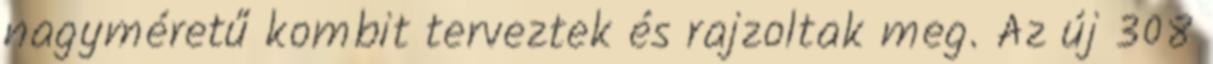
nagyméretű kombit terveztek és rajzoltak meg. Az új 308